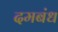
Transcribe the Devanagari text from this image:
दमबंध